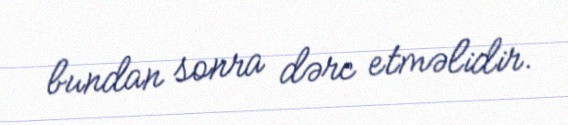
bundan sonra dərc etməlidir.